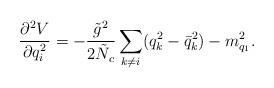
LaTeX: \begin{align*}\frac{\partial^2 V}{\partial q_i^2}=-\frac{\tilde{g}^2}{2 \tilde{N}_c} \sum_{k \neq i} (q_k^2-\bar{q}_k^2)-m_{q_1}^2.\end{align*}